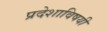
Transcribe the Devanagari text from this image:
प्रदेशाविषयी